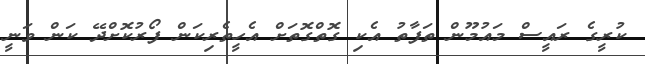
ކުރީގެ ރައީސް މައުމޫން ތަފާތު އެކި ގޮތްގޮތަށް އެހީތެރިކަން ފޯރުކޮށްދޭ ކަަން ވަނީ